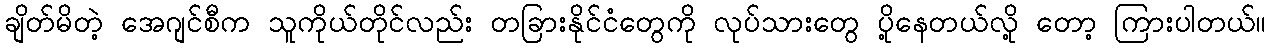
ချိတ်မိတဲ့ အေဂျင်စီက သူကိုယ်တိုင်လည်း တခြားနိုင်ငံတွေကို လုပ်သားတွေ ပို့နေတယ်လို့ တော့ ကြားပါတယ်။